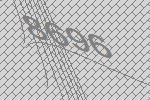
8696